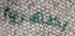
يظهروا